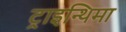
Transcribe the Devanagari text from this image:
ट्राइन्थिमा